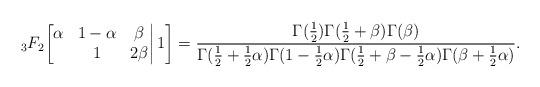
LaTeX: \begin{align*}{}_3F_2\bigg[\begin{matrix}\alpha&1-\alpha&\beta\\&1&2\beta\end{matrix}\bigg|\,1\bigg]=\frac{\Gamma(\frac12)\Gamma(\frac12+\beta)\Gamma(\beta)}{\Gamma(\frac12+\frac12\alpha)\Gamma(1-\frac12\alpha)\Gamma(\frac12+\beta-\frac12\alpha)\Gamma(\beta+\frac12\alpha)}.\end{align*}